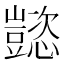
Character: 𬤹